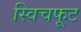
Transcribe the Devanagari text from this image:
स्विचफूट